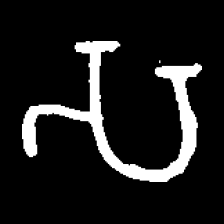
Pyu character \u2014 Myanmar letter: သ (romanized: sa)